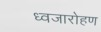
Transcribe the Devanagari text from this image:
ध्‍वजारोहण